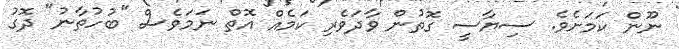
ނޫން ކަމަށެވެ. ސިޔާސީ ގޮތުން ވާދަވެރި ކަމެއް އޮތް ނަމަވެސް "ބުހުތާނު" ދޮގު